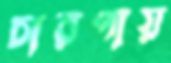
চারণায়